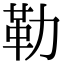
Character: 勒